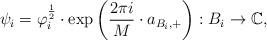
LaTeX: \begin{align*}\psi_i = \varphi_i ^{\frac{1}{2}} \cdot \mathrm{exp} \left( \frac{ 2 \pi i }{M} \cdot a_{B_i, +} \right) : B_i \to {\mathbb{C}^{}} ,\end{align*}